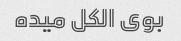
بوی الکل میده